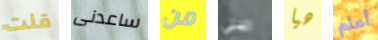
قلت ساعدنى من ريبلي هيا أعلم